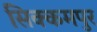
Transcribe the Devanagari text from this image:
सिक्कमपुर